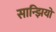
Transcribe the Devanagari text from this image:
सान्झियो